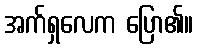
အက်ရှလေက ပြော၏။